Annual administration and progress report of the Indian Medical Department, Bombay
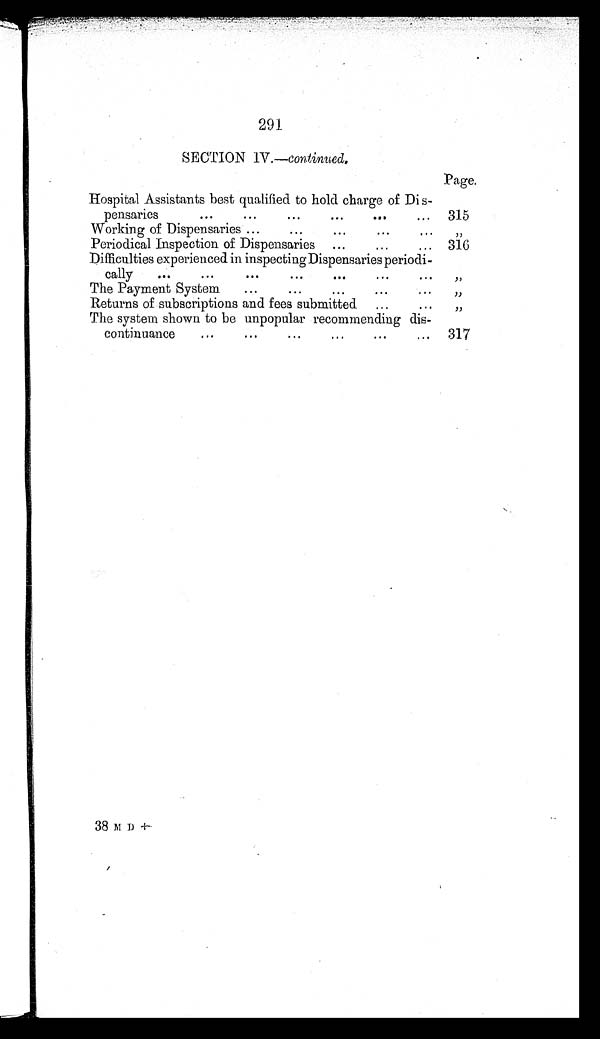
291
SECTION IV.—continued.
Page.
Hospital Assistants best qualified to hold charge of Dis
-
pensaries . . .
315
Working of Dispensaries . . .
"
Periodical Inspection of Dispensaries . . .
316
Difficulties experienced in inspecting Dispensaries periodi
-
cally . . .
"
The Payment System . . .
"
Returns of subscriptions and fees submitted . . .
"
The system shown to be unpopular recommending dis-
continuance . . .
317
38 MD+